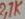
Text: 2,7K